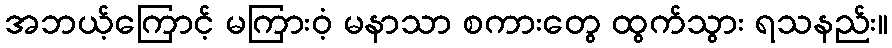
အဘယ့်ကြောင့် မကြားဝံ့ မနာသာ စကားတွေ ထွက်သွား ရသနည်း။